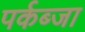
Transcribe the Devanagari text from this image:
पर्कब्जा